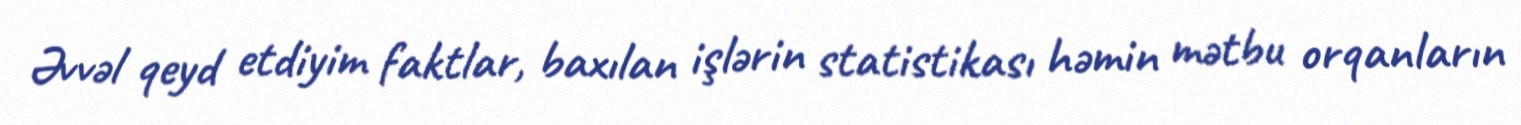
Əvvəl qeyd etdiyim faktlar, baxılan işlərin statistikası həmin mətbu orqanların